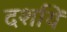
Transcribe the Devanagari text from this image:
दर्शायें